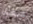
سفك